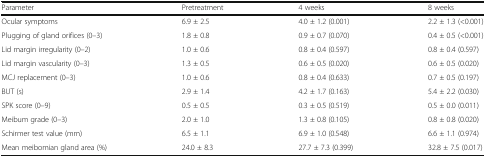
| Parameter | Pretreatment | 4 weeks | 8 weeks |
 | --- | --- | --- | --- |
 | Ocular symptoms | 6.9 ± 2.5 | 4.0 ± 1.2 (0.001) | 2.2 ± 1.3 (<0.001) |
 | Plugging of gland orifices (0–3) | 1.8 ± 0.8 | 0.9 ± 0.7 (0.070) | 0.4 ± 0.5 (<0.001) |
 | Lid margin irregularity (0–2) | 1.0 ± 0.6 | 0.8 ± 0.4 (0.597) | 0.8 ± 0.4 (0.597) |
 | Lid margin vascularity (0–3) | 1.3 ± 0.5 | 0.6 ± 0.5 (0.020) | 0.6 ± 0.5 (0.020) |
 | MCJ replacement (0–3) | 1.0 ± 0.6 | 0.8 ± 0.4 (0.633) | 0.7 ± 0.5 (0.197) |
 | BUT (s) | 2.9 ± 1.4 | 4.2 ± 1.7 (0.163) | 5.4 ± 2.2 (0.030) |
 | SPK score (0–9) | 0.5 ± 0.5 | 0.3 ± 0.5 (0.519) | 0.5 ± 0.0 (0.011) |
 | Meibum grade (0–3) | 2.0 ± 1.0 | 1.3 ± 0.8 (0.105) | 0.8 ± 0.8 (0.020) |
 | Schirmer test value (mm) | 6.5 ± 1.1 | 6.9 ± 1.0 (0.548) | 6.6 ± 1.1 (0.974) |
 | Mean meibomian gland area (%) | 24.0 ± 8.3 | 27.7 ± 7.3 (0.399) | 32.8 ± 7.5 (0.017) |